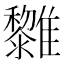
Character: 𩁟